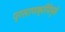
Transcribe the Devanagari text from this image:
प्रसरणक्रियेमुळे